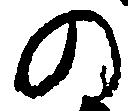
の